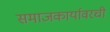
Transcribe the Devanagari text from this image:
समाजकार्यावरची